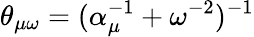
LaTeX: \theta_{\mu\omega}=(\alpha_{\mu}^{-1}+\omega^{-2})^{-1}